Civil Veterinary Dept. Assam report 1927-50 - 1927-1950
Year: 1927
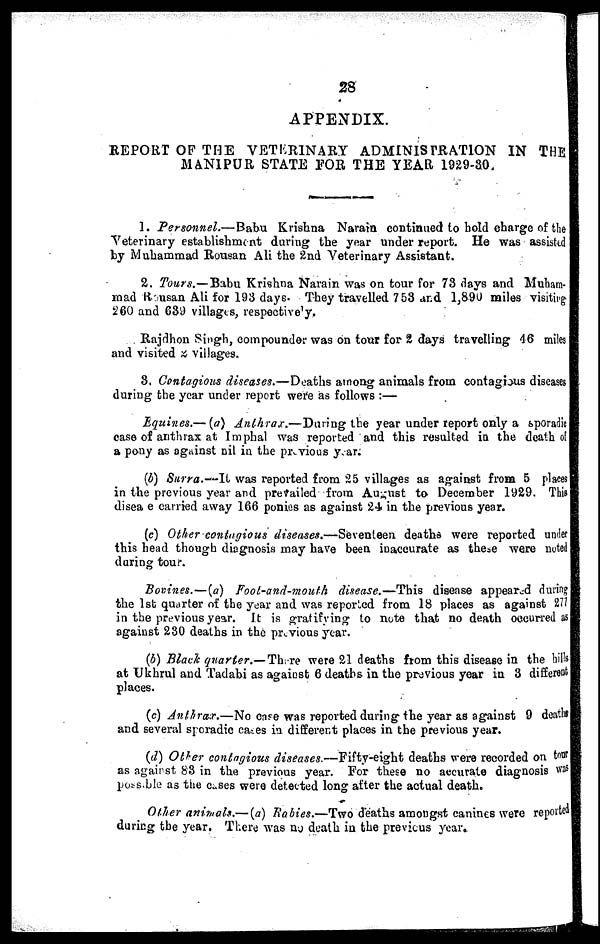
28
APPENDIX.
REPORT OF THE VETERINARY ADMINISTRATION IN THE
MANIPUR STATE FOR THE YEAR 1929-30.
1. Personnel.—Babu
Krishna Narain continued to hold charge of the
Veterinary establishment during the year under report. He was assisted
by Muhammad Rousan Ali the 2nd Veterinary Assistant.
2. Tours.—Babu Krishna Narain was on tour for 73 days and Muham-
mad Rousan Ali for 193 days. They travelled 753 and 1,890 miles visiting
260 and 639 villages, respectively.
Rajdhon Singh, compounder was on tour for 2 days travelling 46 miles
and visited 2 villages.
3. Contagious diseases.—Deaths among animals from contagious diseases
during the year under report were as follows :—
Equines.—(a) Anthrax.—During
the year under report only a sporadic
case of anthrax at Imphal was reported and this resulted in the death of
a pony as against nil in the previous year.
(b) Surra.-It
was reported from 25 villages as against from 5 places
in the previous year and prevailed from August to December 1929. This
disea e carried away 166 ponies as against 24 in the previous year.
(c) Other contagious diseases.—Seventeen deaths were reported under
this head though diagnosis may have been inaccurate as these were noted
during tour.
Bovines.—(a) Foot-and-mouth disease.—This disease appeared during
the 1st quarter of the year and was reported from 18 places as against 277
in the previous year. It is gratifying to note that no death occurred as
against 230 deaths in the previous year.
(b) Black quarter.— There were 21 deaths from this disease in the bills
at Ukhrul and Tadabi as against 6 deaths in the previous year in 3 different
places.
(c) Anthrax.—No care was reported during the year as against 9 deaths
and several sporadic cares in different places in the previous year.
(d) Other contagious diseases.—Fifty-eight deaths were recorded on tour
as against 83 in the previous year. For these no accurate diagnosis was
possible as the cases were detected long after the actual death.
Other animals.— (a) Babies.—Two deaths amongst canines were reported
during the year. There was no death in the previous year.